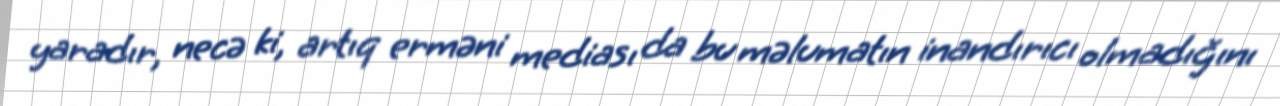
yaradır, necə ki, artıq erməni mediası da bu məlumatın inandırıcı olmadığını